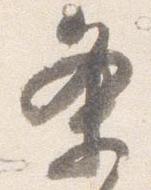
条